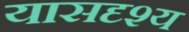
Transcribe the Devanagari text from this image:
यासदृश्य